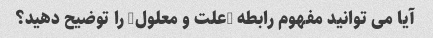
آیا می توانید مفهوم رابطه "علت و معلول" را توضیح دهید؟